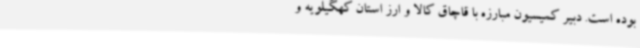
بوده است. دبیر کمیسیون مبارزه با قاچاق کالا و ارز استان کهگیلویه و